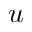
u